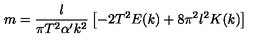
m = \frac { l } { \pi T ^ { 2 } \alpha ^ { \prime } k ^ { 2 } } \left[ - 2 T ^ { 2 } E ( k ) + 8 \pi ^ { 2 } l ^ { 2 } K ( k ) \right]